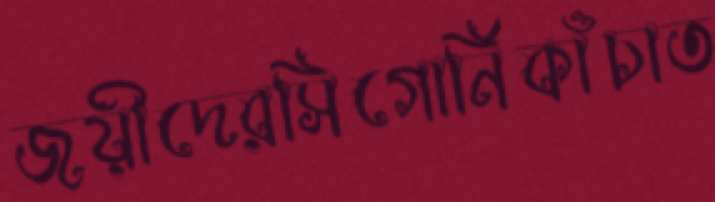
জয়ীদেরসিগোর্নিকাঁচাত